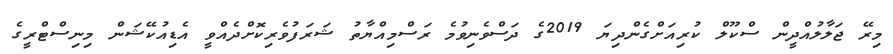
މިރޭ ޖަލާލުއްދީން ސްކޫލް ކުރިއަށްގެންދިޔަ 2019ގެ ދަސްވެނިވުމެ ރަސްމިއްޔާތު ޝަރަފުވެރިކޮށްދެއްވީ އެޑިއުކޭޝަން މިނިސްޓްރީގެ